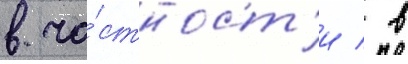
в ча́стност'и / в